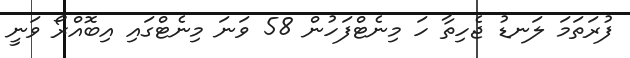
ފުރަތަމަ ލަނޑު ޖެހިތާ ހަ މިނެޓްފަހުން 58 ވަނަ މިނެޓްގައި އިބޮއްރޯ ވަނީ